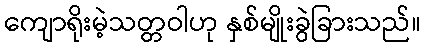
ကျောရိုးမဲ့သတ္တဝါဟု နှစ်မျိုးခွဲခြားသည်။